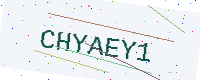
Text: CHYAEY1